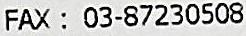
FAX : 03-87230508